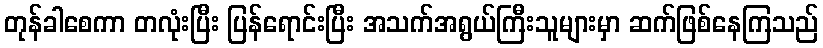
တုန်ခါစေကာ တလုံးပြီး ပြန်ရောင်းပြီး အသက်အရွယ်ကြီးသူများမှာ ဆက်ဖြစ်နေကြသည်